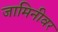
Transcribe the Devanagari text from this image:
जामिनीवर